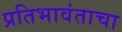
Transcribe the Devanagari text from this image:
प्रतिभावंताचा